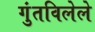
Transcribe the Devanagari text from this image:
गुंतविलेले